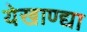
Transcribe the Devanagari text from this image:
येखाण्द्या